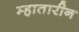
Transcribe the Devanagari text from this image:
म्हातारीन